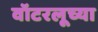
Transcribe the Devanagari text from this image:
वॉटरलूच्या